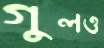
গুলও